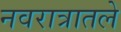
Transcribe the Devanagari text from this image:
नवरात्रातले